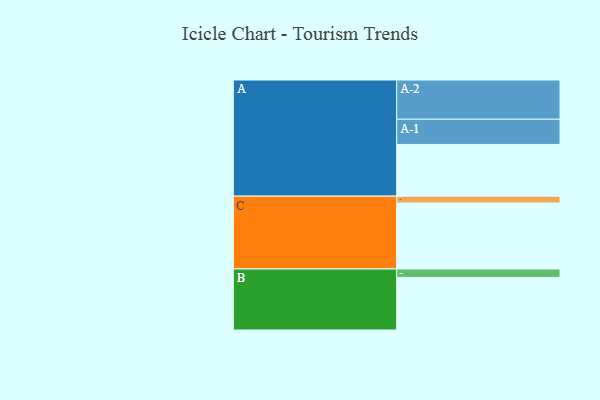
{"axis": {"x": "Segment", "y": "Value"}, "legend": ["", "A", "B", "C"], "data": [{"x": "A", "y": 394, "type": ""}, {"x": "B", "y": 401, "type": ""}, {"x": "C", "y": 503, "type": ""}, {"x": "A-1", "y": 192, "type": "A"}, {"x": "A-2", "y": 299, "type": "A"}, {"x": "B-1", "y": 64, "type": "B"}, {"x": "C-1", "y": 52, "type": "C"}]}